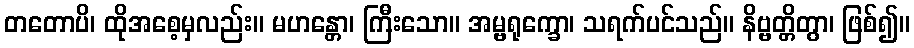
တတောပိ၊ ထိုအစေ့မှလည်း။ မဟန္တော၊ ကြီးသော။ အမ္ဗရုက္ခော၊ သရက်ပင်သည်။ နိဗ္ဗတ္တိတွာ၊ ဖြစ်၍။